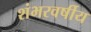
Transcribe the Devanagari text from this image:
शंभरवर्षीय